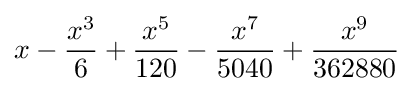
x-{\frac {x^{3}}{6}}+{\frac {x^{5}}{120}}-{\frac {x^{7}}{5040}}+{\frac {x^{9}}{362880}}